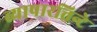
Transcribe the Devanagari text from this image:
व्यापारत्तिन्टे